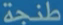
طَنْجِة